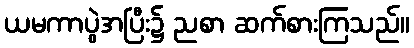
ယမကာပွဲအပြီး၌ ညစာ ဆက်စားကြသည်။